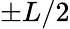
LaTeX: \pm L/2